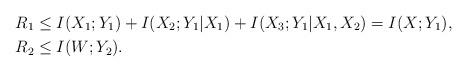
LaTeX: \begin{align*} R_1 &\le I(X_1;Y_1) + I(X_2;Y_1|X_1) + I(X_3;Y_1|X_1,X_2) = I(X;Y_1),\\ R_2 &\le I(W;Y_2).\end{align*}